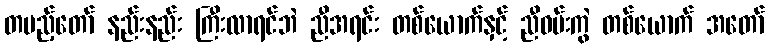
တပည့်တော် နည်းနည်း ကြီးလာရင်ဘဲ ညီအရင်း တစ်ယောက်နှင့် ညီဝမ်းကွဲ တစ်ယောက် အတော်